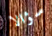
سؤالا